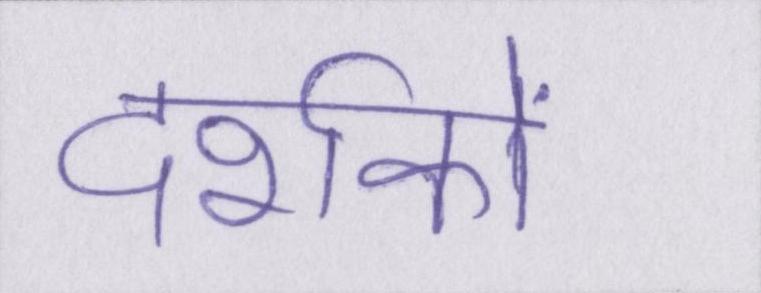
दर्शकों